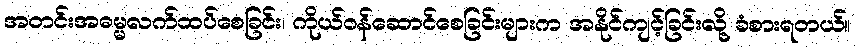
အတင်းအဓမ္မလက်ထပ်စေခြင်း၊ ကိုယ်ဝန်ဆောင်စေခြင်းများက အနိုင်ကျင့်ခြင်းလို့ ခံစားရတယ်။